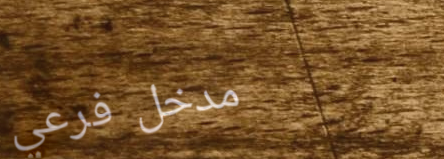
مدخل فرعي